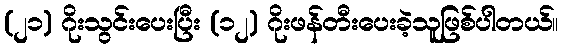
(၂၁) ဂိုးသွင်းပေးပြီး (၁၂) ဂိုးဖန်တီးပေးခဲ့သူဖြစ်ပါတယ်။